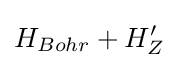
H_{Bohr}+H_{Z}^{\prime }